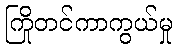
ကြိုတင်ကာကွယ်မှု